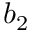
b _ { 2 }